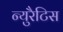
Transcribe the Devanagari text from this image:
न्युरैटिस